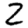
Digit: 2